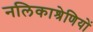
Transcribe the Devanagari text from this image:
नलिकाश्रेणियों